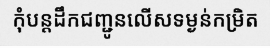
កុំបន្តដឹកជញ្ជូនលើសទម្ងន់កម្រិត